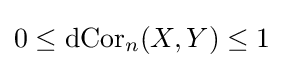
0\leq \operatorname {dCor} _{n}(X,Y)\leq 1